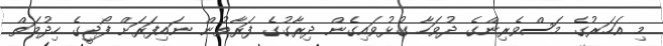
މި އަހަރުގެ މަސްވެރިންގެ ދުވަހާ ގުޅުވައިގެން ދިރާގުގެ ފަރާތުން ނައިފަރަށް ފޯޖީގެ ހިދުމަތް